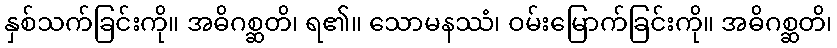
နှစ်သက်ခြင်းကို။ အဓိဂစ္ဆတိ၊ ရ၏။ သောမနဿံ၊ ဝမ်းမြောက်ခြင်းကို။ အဓိဂစ္ဆတိ၊